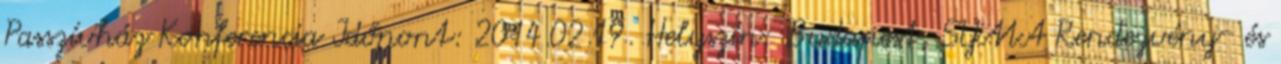
Passzívház Konferencia Időpont: 2014.02.19. Helyszín: Budapest, SYMA Rendezvény- és